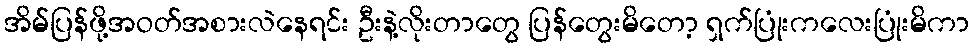
အိမ်ပြန်ဖို့အဝတ်အစားလဲနေရင်း ဦးနဲ့လိုးတာတွေ ပြန်တွေးမိတော့ ရှက်ပြုံးကလေးပြုံးမိကာ